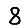
Digit: 8